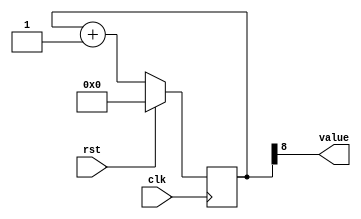
module counter_2 (
    input clk,
    input rst,
    output reg [0:0] value
  );
  
  localparam SIZE = 1'h1;
  localparam DIV = 4'h8;
  localparam TOP = 1'h0;
  localparam UP = 1'h1;
  
  
  reg [8:0] M_ctr_d, M_ctr_q = 1'h0;
  
  localparam MAX_VALUE = 9'h0ff;
  
  always @* begin
    M_ctr_d = M_ctr_q;
    
    value = M_ctr_q[8+0-:1];
    if (1'h1) begin
      M_ctr_d = M_ctr_q + 1'h1;
      if (1'h0 && M_ctr_q == 9'h0ff) begin
        M_ctr_d = 1'h0;
      end
    end else begin
      M_ctr_d = M_ctr_q - 1'h1;
      if (1'h0 && M_ctr_q == 1'h0) begin
        M_ctr_d = 9'h0ff;
      end
    end
  end
  
  always @(posedge clk) begin
    if (rst == 1'b1) begin
      M_ctr_q <= 1'h0;
    end else begin
      M_ctr_q <= M_ctr_d;
    end
  end
  
endmodule